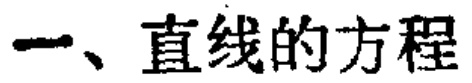
一、直线的方程